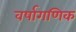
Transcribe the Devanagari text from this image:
वर्षागणिक